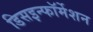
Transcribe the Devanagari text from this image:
डिसइन्फॉर्मेशन